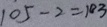
1 0 5 - 2 = 1 0 3